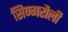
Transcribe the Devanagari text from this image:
सिन्गरौली